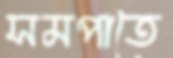
সমপাতে